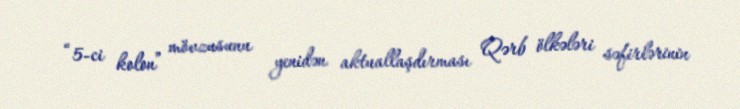
“5-ci kolon” mövzusunu yenidən aktuallaşdırması Qərb ölkələri səfirlərinin